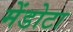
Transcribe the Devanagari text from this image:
मेंडोटा